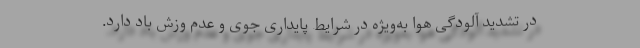
در تشدید آلودگی هوا به‌ویژه در شرایط پایداری جوی و عدم وزش باد دارد.